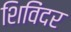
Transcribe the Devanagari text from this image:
शिविंदर